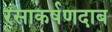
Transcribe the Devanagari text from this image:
रसाकर्षणदाब